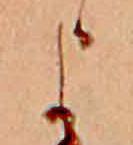
よ